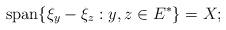
LaTeX: \begin{align*}\textrm{span}\{\xi_y-\xi_z : y, z \in E^{*}\}=X;\end{align*}